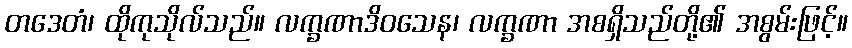
တဒေတံ၊ ထိုကုသိုလ်သည်။ လက္ခဏာဒိဝသေန၊ လက္ခဏာ အစရှိသည်တို့၏ အစွမ်းဖြင့်။